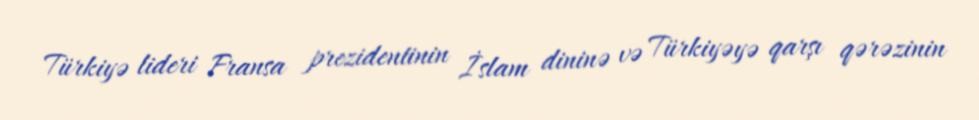
Türkiyə lideri Fransa prezidentinin İslam dininə və Türkiyəyə qarşı qərəzinin